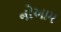
નોઆમ